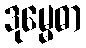
ဒုမ္မေဓာ